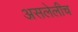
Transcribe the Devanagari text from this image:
असलेलीच